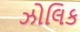
ઝોલિક